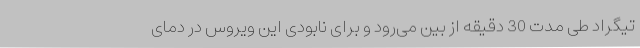
تیگراد طی مدت 30 دقیقه از بین می‌رود و برای نابودی این ویروس در دمای